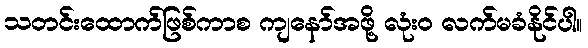
သတင်းထောက်ဖြစ်ကာစ ကျနော်အဖို့ လုံး၀ လက်မခံနိုင်ပါ။